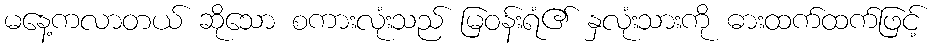
မနေ့ကလာတယ် ဆိုသော စကားလုံးသည် မြဝန်းရံ၏ နှလုံးသားကို ဓားထက်ထက်ဖြင့်